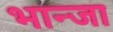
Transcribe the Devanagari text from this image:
भान्जा